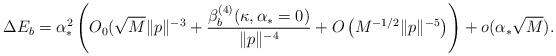
LaTeX: \begin{align*}\Delta E_b=\alpha_*^2\left(O_0(\sqrt{M}\|p\|^{-3}+ \dfrac{\beta^{(4)}_b(\kappa,\alpha_*=0)}{\|p\|^{-4}}+O\left(M^{-1/2}\|p\|^{-5}\right)\right)+o(\alpha_*\sqrt{M}).\end{align*}